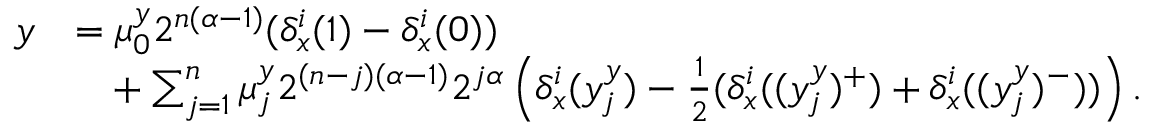
\begin{array} { r l } { y } & { = \mu _ { 0 } ^ { y } 2 ^ { n ( \alpha - 1 ) } ( \delta _ { x } ^ { i } ( 1 ) - \delta _ { x } ^ { i } ( 0 ) ) } \\ & { \phantom { = } + \sum _ { j = 1 } ^ { n } \mu _ { j } ^ { y } 2 ^ { ( n - j ) ( \alpha - 1 ) } 2 ^ { j \alpha } \left( \delta _ { x } ^ { i } ( y _ { j } ^ { y } ) - \frac 1 2 ( \delta _ { x } ^ { i } ( ( y _ { j } ^ { y } ) ^ { + } ) + \delta _ { x } ^ { i } ( ( y _ { j } ^ { y } ) ^ { - } ) ) \right) \mathrm { . } } \end{array}